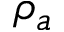
\rho _ { a }